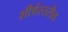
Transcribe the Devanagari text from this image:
शीर्षस्तरीय